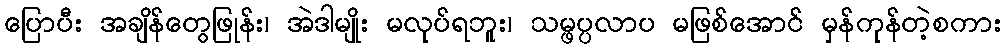
ပြောပီး အချိန်တွေဖြုန်း၊ အဲဒါမျိုး မလုပ်ရဘူး၊ သမ္ဖပ္ပလာပ မဖြစ်အောင် မှန်ကုန်တဲ့စကား